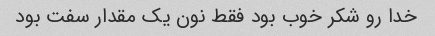
خدا رو شکر خوب بود فقط نون یک مقدار سفت بود